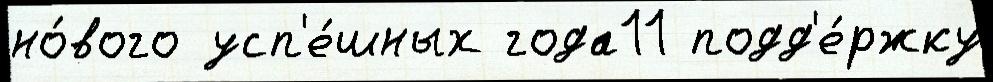
но́вого усп'е́шных года11 подд'е́ржку